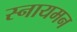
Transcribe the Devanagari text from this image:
स्नायमन